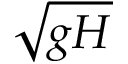
\sqrt { g H }